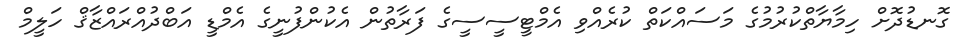
ގޮނޑުދޮށް ހިމާޔާތްކުރުމުގެ މަސައްކަތް ކުރެއްވި އެމްޓީސީސީގެ ފަރާތުން އެކުންފުނީގެ އެމްޑީ އަބްދުއްރައްޒާޤް ހަލީމް